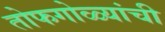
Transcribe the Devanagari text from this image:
तोफगोळ्यांची